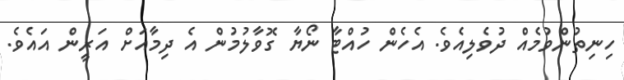
ހިނިތުންވުމެއް ދުވެލިއެވެ. އެހެން ހުއްޓާ ނޯޔާ ގޮވާލުމުން އެ ދިމާއަށް އަރީން އައެވެ.